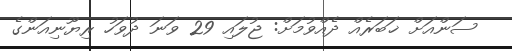
ސަންއަށް ޚަބަރެއް ދެއްވުމަށް: ޖުލައި 29 ވަނަ ދުވަހު ރިޔޫނިއަންގެ